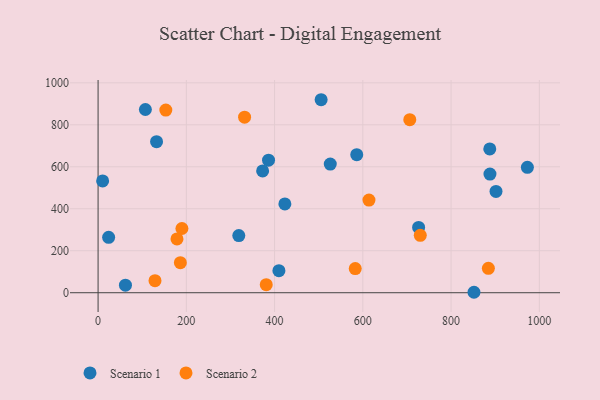
{"axis": {"x": "Engine Size", "y": "Sales"}, "legend": ["Scenario 1", "Scenario 2"], "data": [{"x": "901.8", "y": 482.6, "type": "Scenario 1"}, {"x": "62.0", "y": 35.8, "type": "Scenario 1"}, {"x": "726.4", "y": 310.9, "type": "Scenario 1"}, {"x": "505.5", "y": 919.5, "type": "Scenario 1"}, {"x": "526.2", "y": 613.0, "type": "Scenario 1"}, {"x": "386.3", "y": 631.3, "type": "Scenario 1"}, {"x": "851.9", "y": 2.1, "type": "Scenario 1"}, {"x": "409.8", "y": 104.8, "type": "Scenario 1"}, {"x": "10.3", "y": 532.6, "type": "Scenario 1"}, {"x": "318.9", "y": 272.4, "type": "Scenario 1"}, {"x": "423.3", "y": 423.0, "type": "Scenario 1"}, {"x": "372.9", "y": 580.4, "type": "Scenario 1"}, {"x": "107.2", "y": 872.9, "type": "Scenario 1"}, {"x": "586.2", "y": 657.9, "type": "Scenario 1"}, {"x": "972.9", "y": 597.5, "type": "Scenario 1"}, {"x": "132.5", "y": 719.8, "type": "Scenario 1"}, {"x": "887.7", "y": 685.1, "type": "Scenario 1"}, {"x": "23.9", "y": 263.9, "type": "Scenario 1"}, {"x": "888.1", "y": 565.3, "type": "Scenario 1"}, {"x": "613.9", "y": 441.2, "type": "Scenario 2"}, {"x": "129.0", "y": 57.4, "type": "Scenario 2"}, {"x": "381.1", "y": 38.2, "type": "Scenario 2"}, {"x": "186.5", "y": 143.1, "type": "Scenario 2"}, {"x": "153.5", "y": 870.0, "type": "Scenario 2"}, {"x": "190.0", "y": 305.9, "type": "Scenario 2"}, {"x": "884.5", "y": 116.2, "type": "Scenario 2"}, {"x": "706.4", "y": 824.4, "type": "Scenario 2"}, {"x": "178.8", "y": 256.4, "type": "Scenario 2"}, {"x": "582.8", "y": 115.0, "type": "Scenario 2"}, {"x": "332.0", "y": 836.2, "type": "Scenario 2"}, {"x": "730.2", "y": 273.4, "type": "Scenario 2"}]}